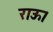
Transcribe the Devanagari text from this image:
राऊ।